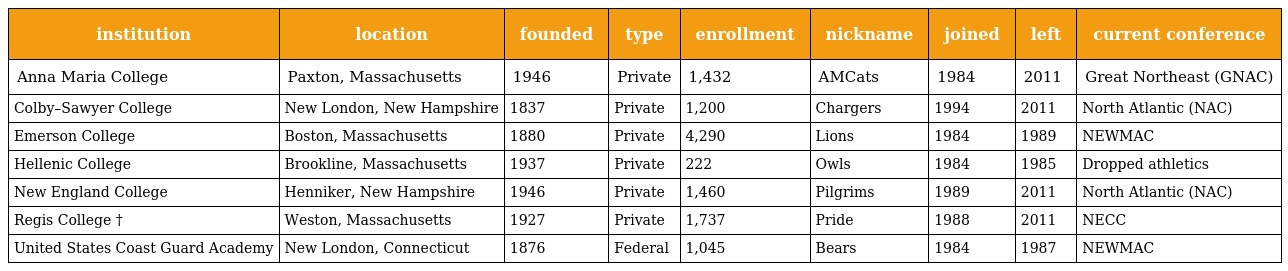
| institution | location | founded | type | enrollment | nickname | joined | left | current conference |
 | --- | --- | --- | --- | --- | --- | --- | --- | --- |
 | Anna Maria College | Paxton, Massachusetts | 1946 | Private | 1,432 | AMCats | 1984 | 2011 | Great Northeast (GNAC) |
 | Colby–Sawyer College | New London, New Hampshire | 1837 | Private | 1,200 | Chargers | 1994 | 2011 | North Atlantic (NAC) |
 | Emerson College | Boston, Massachusetts | 1880 | Private | 4,290 | Lions | 1984 | 1989 | NEWMAC |
 | Hellenic College | Brookline, Massachusetts | 1937 | Private | 222 | Owls | 1984 | 1985 | Dropped athletics |
 | New England College | Henniker, New Hampshire | 1946 | Private | 1,460 | Pilgrims | 1989 | 2011 | North Atlantic (NAC) |
 | Regis College † | Weston, Massachusetts | 1927 | Private | 1,737 | Pride | 1988 | 2011 | NECC |
 | United States Coast Guard Academy | New London, Connecticut | 1876 | Federal | 1,045 | Bears | 1984 | 1987 | NEWMAC |